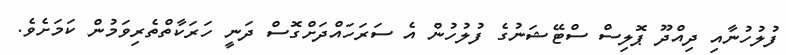
ފުލުހުނާއި ދިއްދޫ ޕޮލިސް ސްޓޭޝަނުގެ ފުލުހުން އެ ސަރަހައްދަށްގޮސް ދަނީ ހަރަކާތްތެރިވަމުން ކަމަށެވެ.